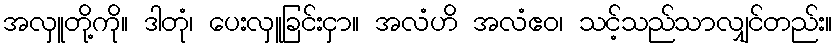
အလှူတို့ကို။ ဒါတုံ၊ ပေးလှူခြင်းငှာ။ အလံဟိ အလံဧဝ၊ သင့်သည်သာလျှင်တည်း။